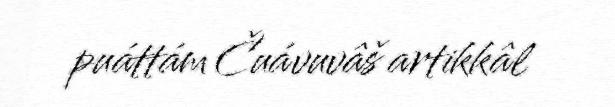
puáttám Čuávuvâš artikkâl